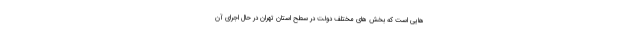
هایی است که بخش های مختلف دولت در سطح استان تهران در حال اجرای آن